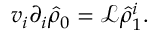
v _ { i } \partial _ { i } \hat { \rho } _ { 0 } = \mathcal { L } \hat { \rho } _ { 1 } ^ { i } .